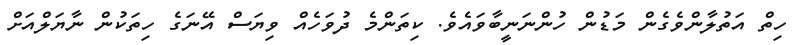
ހިތް އަތުލާންވެގެން މަޑުން ހުންނަނީބާވައެވެ. ކިތަންމެ ދުވަހެއް ވިޔަސް އޭނަގެ ހިތަކުން ނާޔަލްއަށް